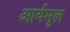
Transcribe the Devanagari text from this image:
आर्यमूल